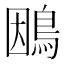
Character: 𮬴